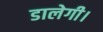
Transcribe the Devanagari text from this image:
डालेगी।